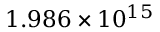
1 . 9 8 6 \times 1 0 ^ { 1 5 }